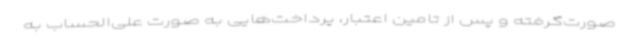
صورت‌گرفته و پس از تامین اعتبار، پرداخت‌هایی به صورت علی‌الحساب به